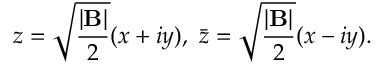
z = \sqrt { { \frac { | \mathrm { \bf B } | } { 2 } } } ( x + i y ) , ~ \bar { z } = \sqrt { { \frac { | \mathrm { \bf B } | } { 2 } } } ( x - i y ) .